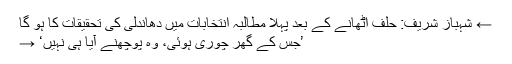
← شہباز شریف: حلف اٹھانے کے بعد پہلا مطالبہ انتخابات میں دھاندلی کی تحقیقات کا ہو گا
’جس کے گھر چوری ہوئی، وہ پوچھنے آیا ہی نہیں‘ →